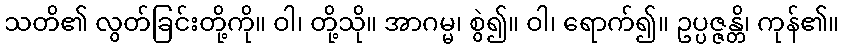
သတိ၏ လွတ်ခြင်းတို့ကို။ ဝါ၊ တို့သို။ အာဂမ္မ၊ စွဲ၍။ ဝါ၊ ရောက်၍။ ဥပ္ပဇ္ဇန္တိ၊ ကုန်၏။